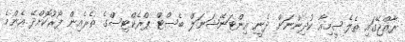
ރާއްޖޭގައި ތެލެސީމިއާ ކުދިންނަށް ދެނީ އިންޓަނޭޝަނަލް ބެސްޓް ޕްރެކްޓިސްގެ ތެރެއިން ފޯރުކޮށްދޭ އެންމެ